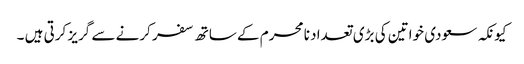
کیونکہ سعودی خواتین کی بڑی تعداد نا محرم کے ساتھ سفر کرنے سے گریز کرتی ہیں ۔